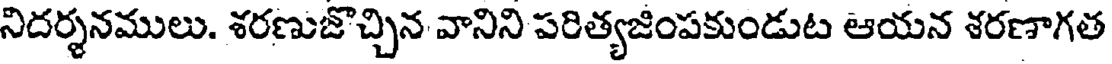
నిదర్శనములు. శరణుజొచ్చిన వానిని పరిత్యజింపకుండుట ఆయన శరణాగత